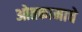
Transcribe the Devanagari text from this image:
ओतकामाचे